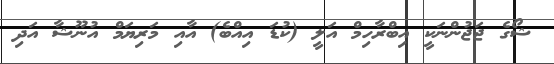
ޝޯގެ ޖަޖުންނަކީ އިބްރާހިމް އަލީ (ކުޑަ އިއްބެ) އާއި މަރިޔަމް އުނޫޝާ އަދި